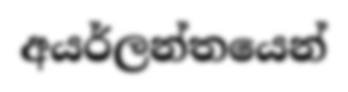
අයර්ලන්තයෙන්